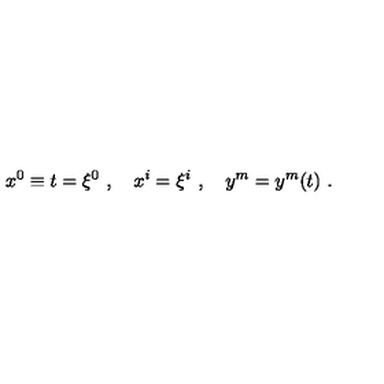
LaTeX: x ^ { 0 } \equiv t = \xi ^ { 0 } \ , \quad x ^ { i } = \xi ^ { i } \ , \quad y ^ { m } = y ^ { m } ( t ) \ .